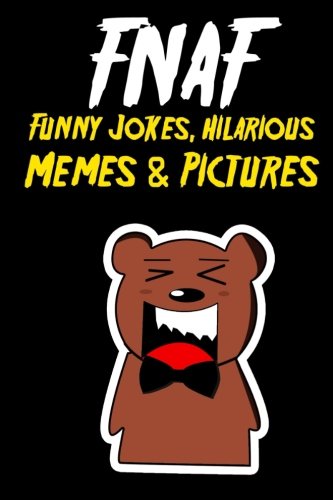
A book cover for FNAF Funny Jokes, Hilarious Memes & Pictures: An Unofficial Five Nights At Freddy's Book; Survival Press; Children's Books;